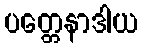
ပတ္တေနာဒါယ